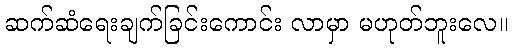
ဆက်ဆံရေးချက်ခြင်းကောင်း လာမှာ မဟုတ်ဘူးလေ။